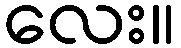
လေး။